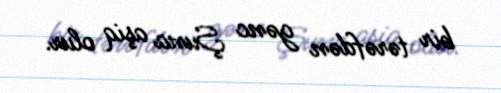
bir tərəfdən gənc Şuna aşiq olur.